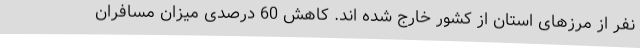
نفر از مرزهای استان از کشور خارج شده اند. کاهش 60 درصدی میزان مسافران